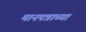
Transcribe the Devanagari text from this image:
मानपत्राच्या